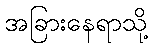
အခြားနေရာသို့